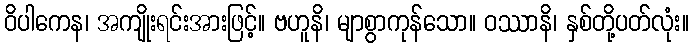
ဝိပါကေန၊ အကျိုးရင်းအားဖြင့်။ ဗဟူနိ၊ မျာစွာကုန်သော။ ဝဿာနိ၊ နှစ်တို့ပတ်လုံး။